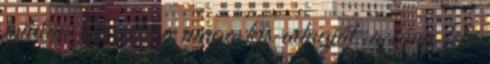
miután kifizette a maga kis adagját, a lány felé